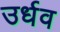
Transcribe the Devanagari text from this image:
उर्धव